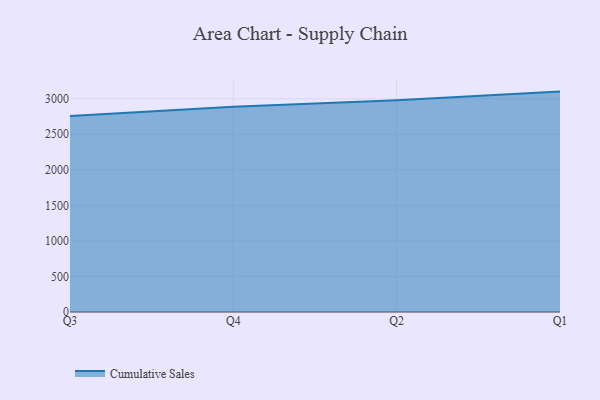
{"axis": {"x": "Quarter", "y": "Customer Acquisition Cost (USD)"}, "legend": ["Cumulative Sales"], "data": [{"x": "Q3", "y": 2757.2, "type": "Cumulative Sales"}, {"x": "Q4", "y": 2886.2, "type": "Cumulative Sales"}, {"x": "Q2", "y": 2977.6, "type": "Cumulative Sales"}, {"x": "Q1", "y": 3100.4, "type": "Cumulative Sales"}]}